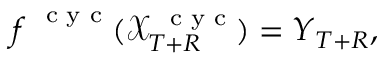
\boldsymbol f ^ { \mathrm { ~ \scriptsize ~ c ~ y ~ c ~ } } ( \mathcal X _ { T + R } ^ { \mathrm { ~ \scriptsize ~ c ~ y ~ c ~ } } ) = \boldsymbol Y _ { T + R } ,